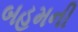
બહમની